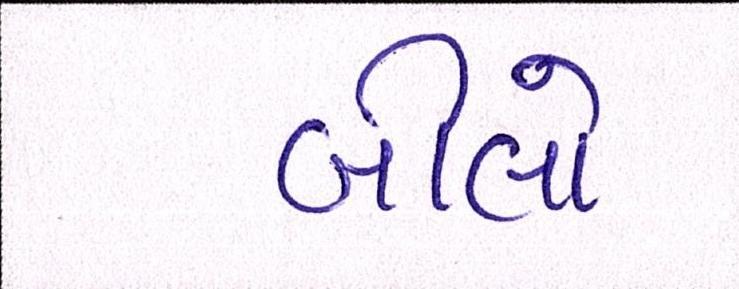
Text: બીલો